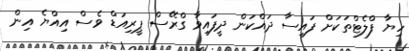
ހިޔާ ފްލެޓްތަކަށް ފައިސާ ދައްކަން ދީފައިވާ ގްރޭސް ޕީރިއަޑް ވެސް އިއްޔެ އިން